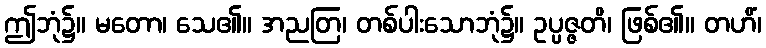
ဤဘုံ၌။ မတော၊ သေ၏။ အညတြ၊ တစ်ပါးသောဘုံ၌။ ဥပ္ပဇ္ဇတိ၊ ဖြစ်၏။ တဟိံ၊